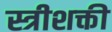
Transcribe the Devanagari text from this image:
स्त्रीशक्ती